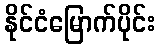
နိုင်ငံမြောက်ပိုင်း